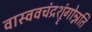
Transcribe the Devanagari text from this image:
वास्ववचंद्रश्रृंगोन्नति